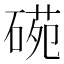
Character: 𥔙